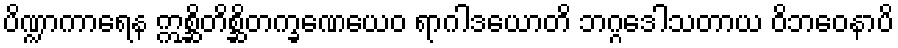
ပိဏ္ဍာကာရေန ဣစ္ဆိတိစ္ဆိတက္ခဏေယေဝ ရာဂါဒယောတိ ဘဂ္ဂဒေါသတာယ ဝိဘဝေနာပိ